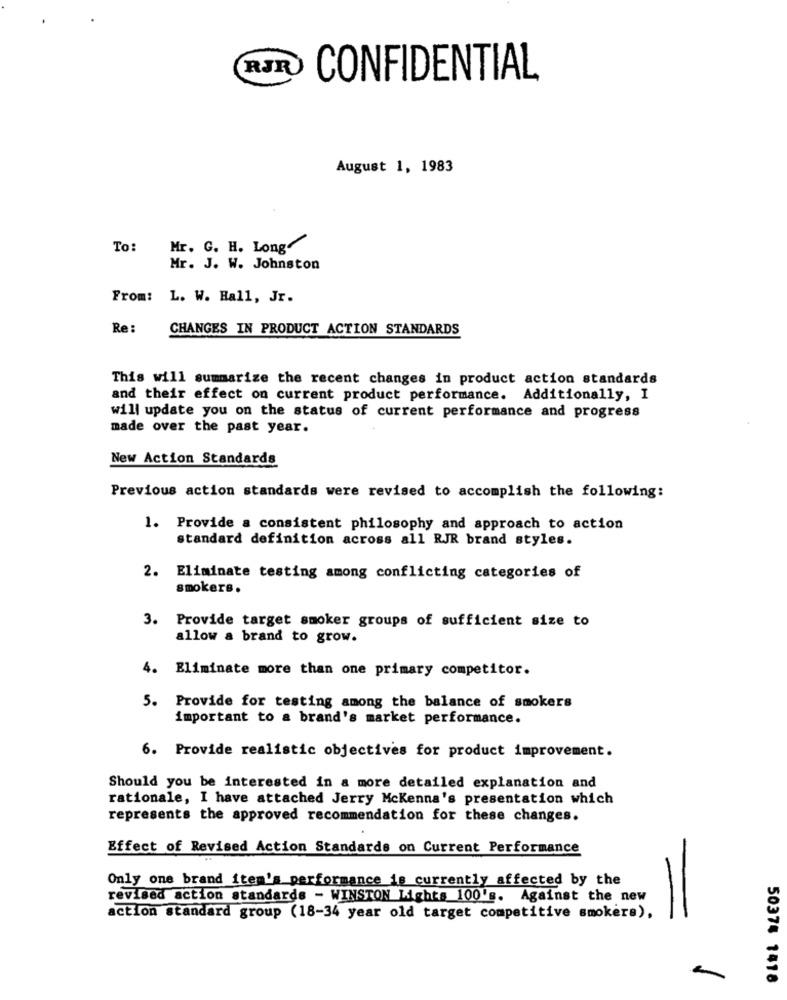
RJR
CONFIDENTIAL
August 1, 1983
To:
Mr. G. H. Long
Mr. J. W. Johnston
From:
L. W. Hall, Jr.
Re :
CHANGES IN PRODUCT ACTION STANDARDS
This will summarize the recent changes in product action standards
and their effect on current product performance. Additionally, I
will update you on the status of current performance and progress
made over the past year.
New Action Standards
Previous action standards were revised to accomplish the following:
1. Provide a consistent philosophy and approach to action
standard definition across all RJR brand styles.
2. Eliminate testing among conflicting categories of
smokers.
3. Provide target smoker groups of sufficient size to
allow a brand to grow.
4. Eliminate more than one primary competitor.
5. Provide for testing among the balance of smokers
important to a brand's market performance.
6. Provide realistic objectives for product improvement.
Should you be interested in a more detailed explanation and
rationale, I have attached Jerry Mckenna's presentation which
represents the approved recommendation for these changes.
Effect of Revised Action Standards on Current Performance
Only one brand iten's performance is currently affected by the
revised action standards - WINSTON Lights 100's. Against the new
action standard group (18-34 year old target competitive smokers),
50376 1418